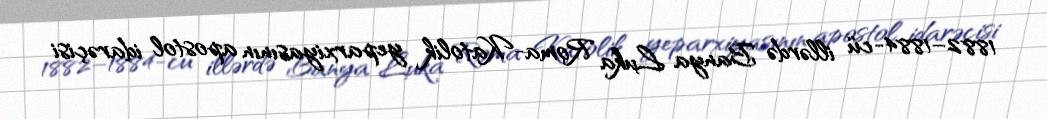
1882–1884-cü illərdə Banya Luka Roma-Katolik yeparxiyasının apostol idarəçisi